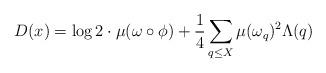
LaTeX: \begin{align*} D(x) = \log 2 \cdot \mu(\omega \circ \phi) + \frac{1}{4} \sum_{q \leq X} \mu(\omega_q)^2 \Lambda(q)\end{align*}